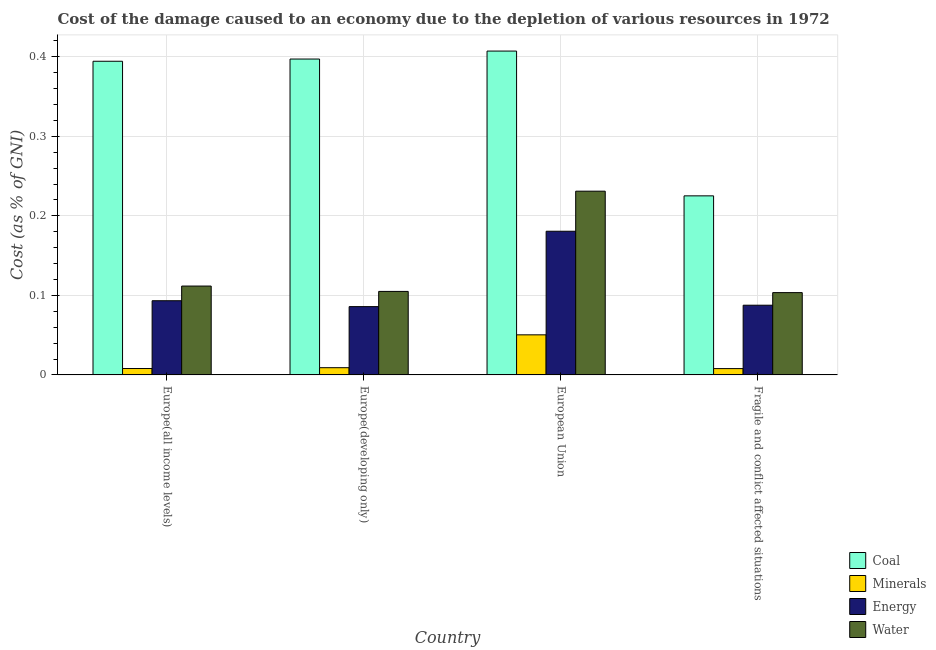
| Country | Coal | Minerals | Energy | Water |
 | --- | --- | --- | --- | --- |
 | Europe(all income levels) | 0.394 | 0.00803 | 0.0933 | 0.112 |
 | Europe(developing only) | 0.397 | 0.00907 | 0.0859 | 0.105 |
 | European Union | 0.407 | 0.0504 | 0.181 | 0.231 |
 | Fragile and conflict affected situations | 0.225 | 0.00794 | 0.0876 | 0.103 |